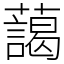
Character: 藹